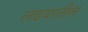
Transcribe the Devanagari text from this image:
लढयातील